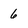
Character: 6